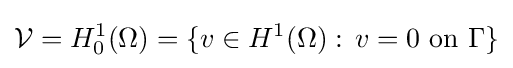
{\mathcal {V}}=H_{0}^{1}(\Omega )=\{v\in H^{1}(\Omega ):\,v=0{\text{ on }}\Gamma \}